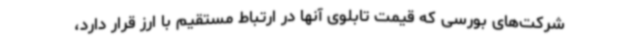
شرکت‌های بورسی که قیمت تابلوی آنها در ارتباط مستقیم با ارز قرار دارد،